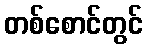
တစ်စောင်တွင်